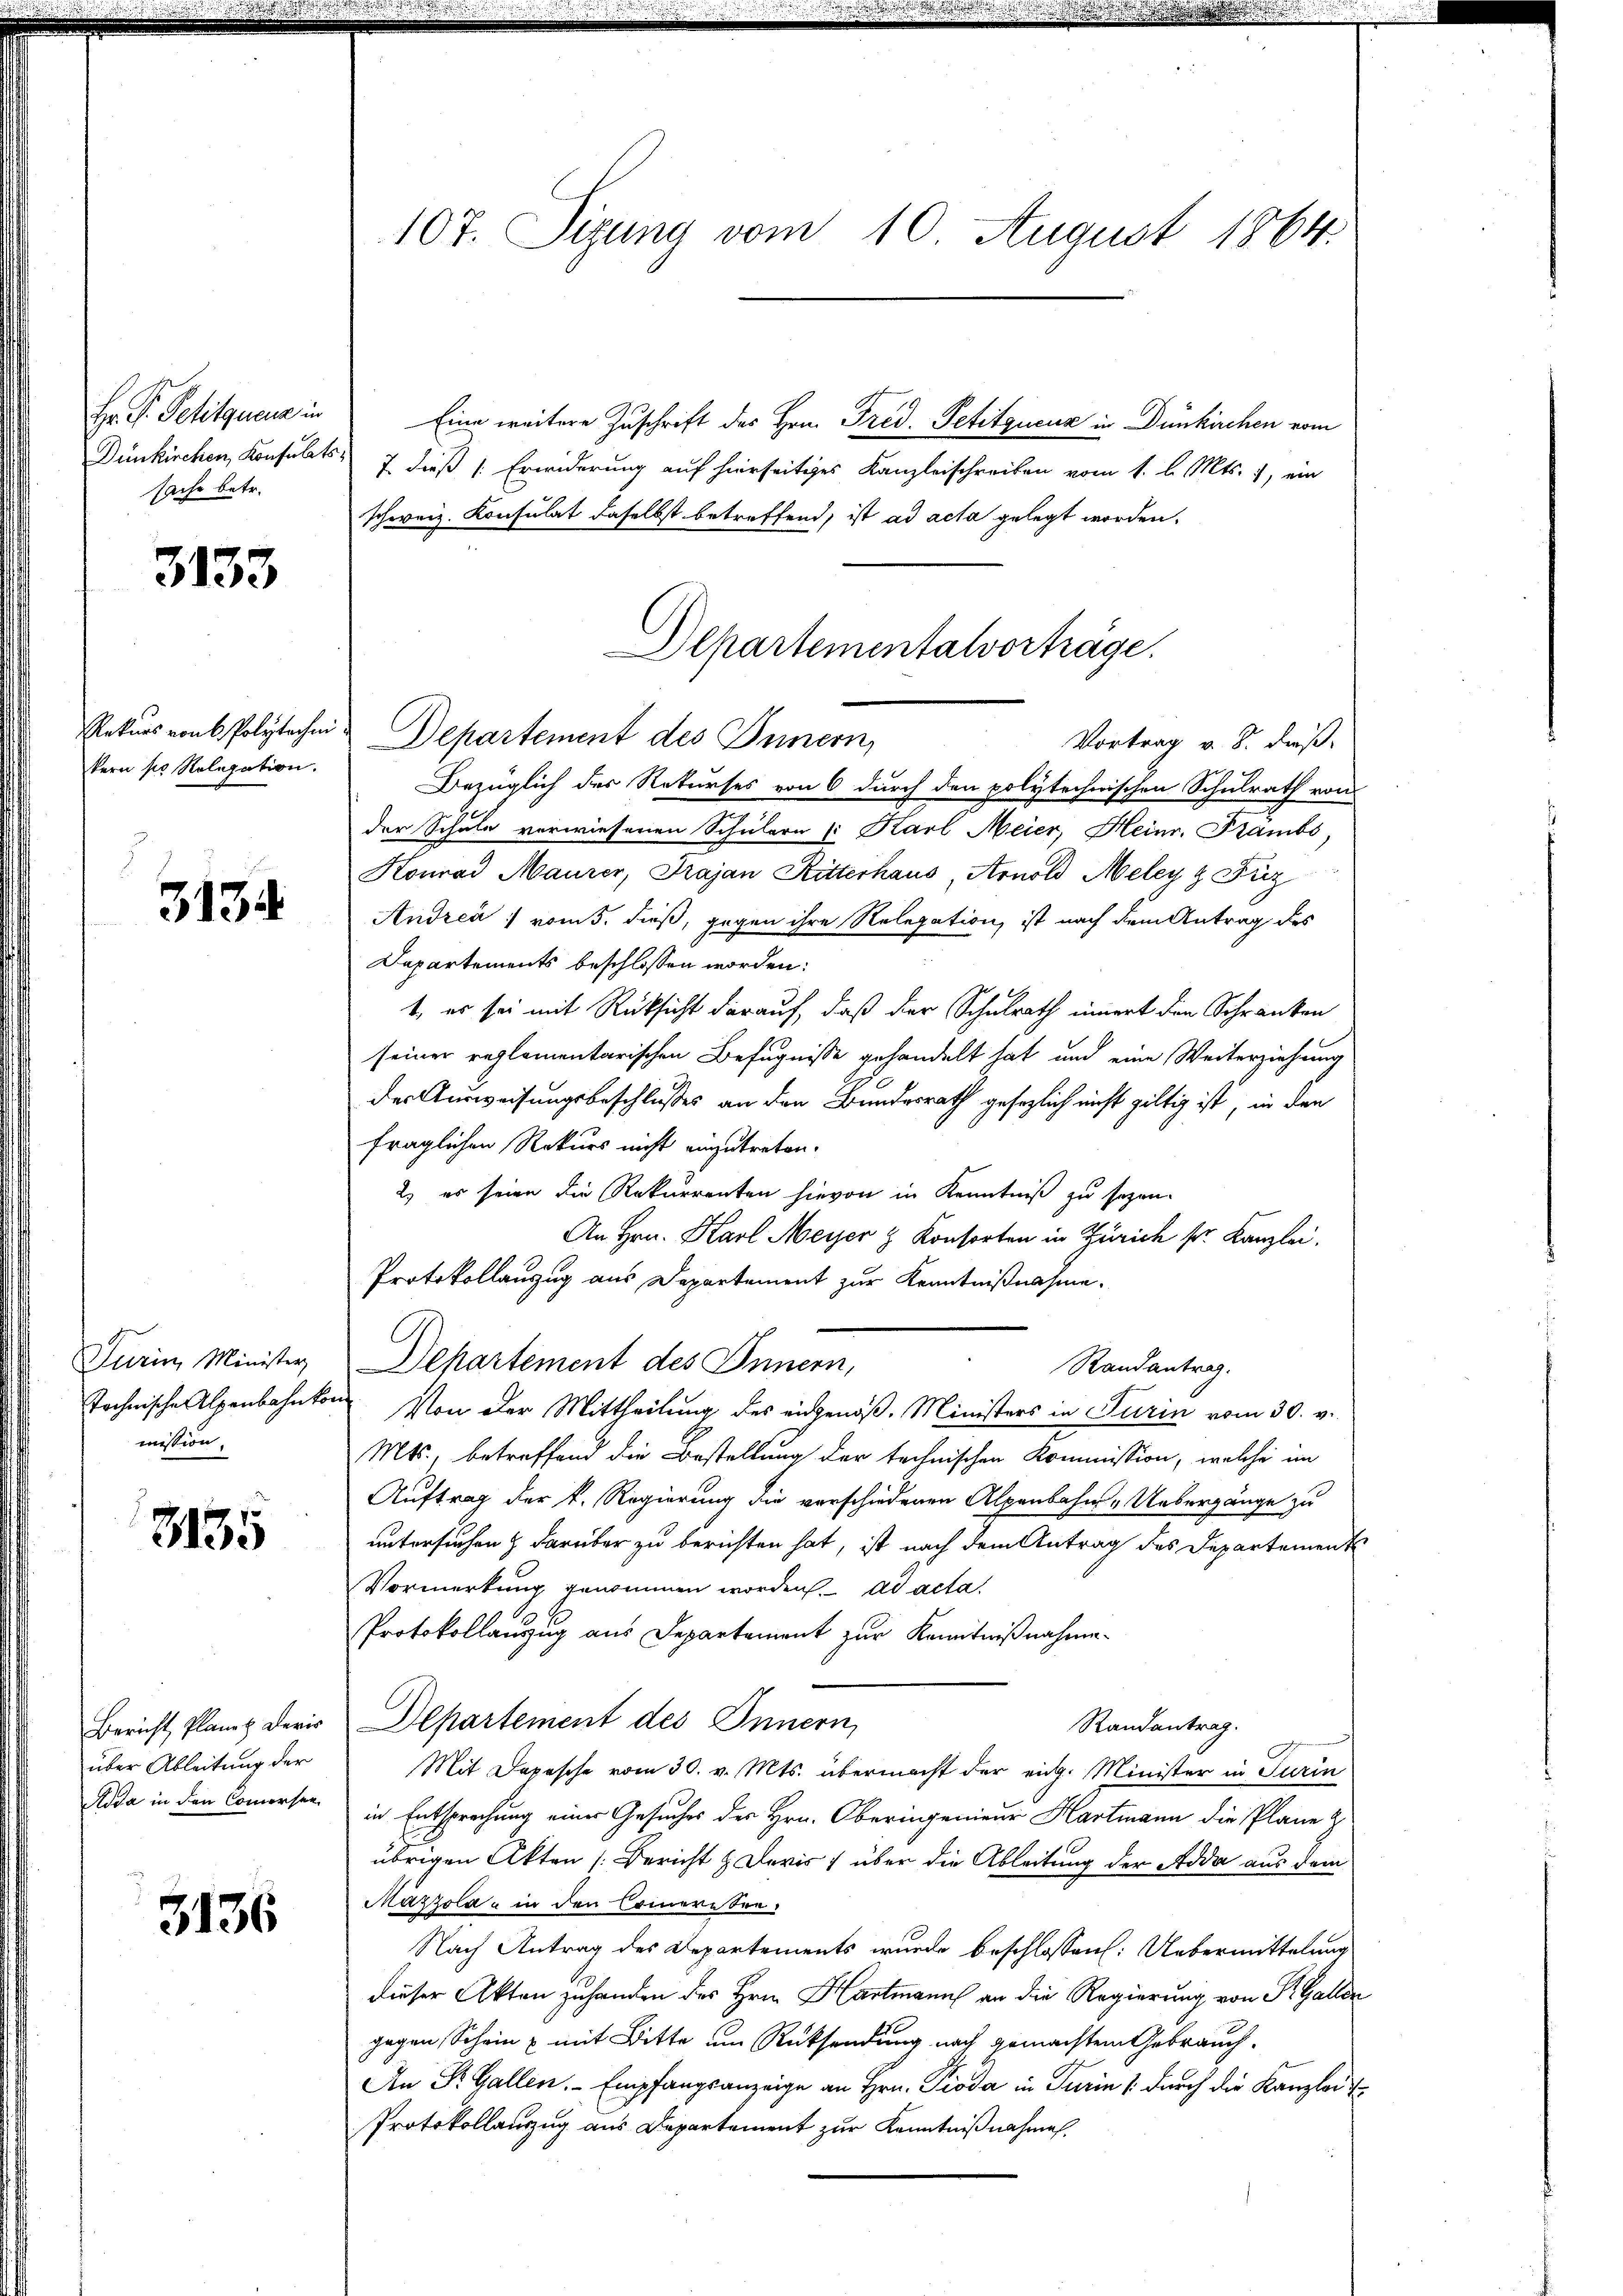
Hr. P. Petitquenz in
Dünkirchen, Konfulats.
sache betr.

3133

Rekurs von k. Polytechen
kern pr Rolegation.

31344

Turin Minister
technische Alpenbahnkor
mission.

3135

Bericht, Planet. Devis
über Ableitung der
Aida in den Commersen

3136

107. Sizung vom 10. August 1864.

Eine weitere Zuschrift des Hrn. Fred. Petitgucuz in Dünkirchen vom
7. dieß (Erwiderung auf hierseitiges Kanzleischreiben vom 1. l. Mts. 1, ein
schweiz. Konsulat daselbst betreffend, ist ad acta gelegt worden.
Bezüglich der Rekurses von 6 durch den polytecherischen Schulrath von
der Schule verwiesenen Schülern (: Karl Meier, Heinr. Trambs,
Konrad Maurer, Frajan Ritterhaus, Arnold Meley z Friz
Andrea vom 5. dieß, gegen ihre Relegation ist nach dem Antrag des
Dapartements beschlossen worden:
t, er sei mit Rücksicht darauf, daß der Schulrath innert den Schranken
seiner reglementarischen Befugnisse gehandelt hat und eine Weiterziehung
der Ausweisungsbeschlusses an den Bundesrath gesezlich nicht giltig ist, in den
fraglichen Rekurs nicht einzutreten.
2) es seien die Rekurrenten hievon in Kenntniß zu sezen.
An Hrn. Karl Meyer & Konsorten in Zürich sr. Kanzlei.
Protokollanzug aus Departement zur Kenntnißnahme.
Departement des Innern,
Randantrag.
Von der Mittheilung des eidgenöß. Ministers in Turin vom 30. v.
Mts., betreffend die Bestellung der technischen Kommission, welche im
Auftrag der k. Regierung die verschiedenen Alpenbahn-Uebergänge zu
untersuchen & darüber zu berichten hat, ist nach dem Antrag des Departement
Vormerkung genommen worden. ad acta
Protokollanzug aus Departement zur Kenntnißnahme
Departement des Innern,
Randantrag.
Mit Depesche vom 30. v. Mts. übermacht der eidg. Minister in Turin
in Entsprechung einer Gesuches des Hrn. Oberingenieur Hartmann die Pläne z
übrigen Akten Bericht & Devis über die Ableitung der Adda aus dem
Mazzola u in den Someriten.
Nach Antrag des Departements wurde beschlossen: Uebermittelung
dieser Akten zuhanden des Hrn. Hartmann an die Regierung von P. Galler
gegen Schein u. mit Bitte um Rücksendung nach gemachtem Gebrauch-
An Dr. Gallen. - Empfangsanzeige an Hrn. Pioda in Turin & durch die Kanzler
Protokollauszug aus Departement zur Kenntnißnahmen.

Departementalvorträge.
Departement des Innern,
Vortrag v. 8. daß